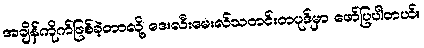
အချိန်ကိုက်ဖြစ်ခဲ့တာလို့ ဒေးလီးမေးလ်သတင်းတပုဒ်မှာ ဖော်ပြပါတယ်။